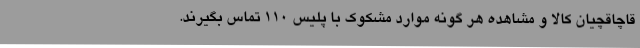
قاچاقچیان کالا و مشاهده هر گونه موارد مشکوک با پلیس 110 تماس بگیرند.